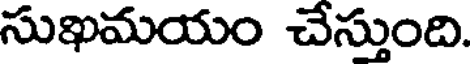
సుఖమయం చేస్తుంది.